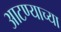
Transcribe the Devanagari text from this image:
आटण्याच्या